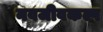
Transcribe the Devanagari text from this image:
नवजीवकल्प